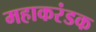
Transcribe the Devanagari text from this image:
महाकरंडक